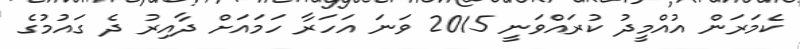
ކެމަރަން އުއްމީދު ކުރައްވަނީ 2015 ވަނަ އަހަރާ ހަމައަށް ދާއިރު ދެ ގައުމުގެ